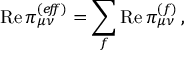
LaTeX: \mathrm { R e } \, \pi _ { \mu \nu } ^ { ( e \! f \! \! f ) } = \sum _ { f } \mathrm { R e } \, \pi _ { \mu \nu } ^ { ( f ) } \, ,